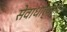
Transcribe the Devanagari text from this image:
सेवाधार्‍यांनी